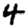
Digit: 4